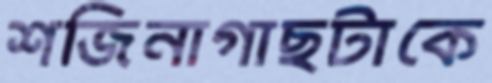
শজিনাগাছটাকে